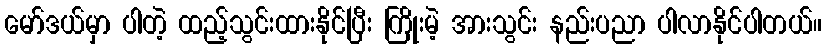
မော်ဒယ်မှာ ပါတဲ့ ထည့်သွင်းထားနိုင်ပြီး ကြိုးမဲ့ အားသွင်း နည်းပညာ ပါလာနိုင်ပါတယ်။